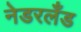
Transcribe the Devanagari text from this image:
नेडरलँड